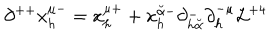
\partial ^ { + + } x _ { h } ^ { \mu - } = x _ { h } ^ { \mu + } + x _ { h } ^ { { \breve { \alpha } } - } \partial _ { h { \breve { \alpha } } } ^ { - } \partial _ { h } ^ { - \mu } { \cal L } ^ { + 4 }